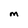
Character: m